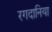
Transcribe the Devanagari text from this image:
रगदानिया